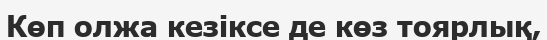
Көп олжа кезіксе де көз тоярлық,